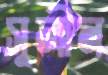
সুলীন